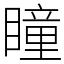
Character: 瞳